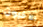
الاخرون